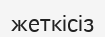
жеткісіз